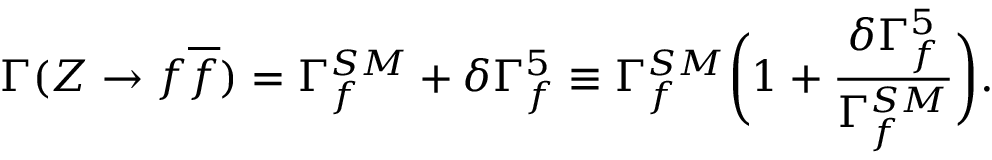
\Gamma ( Z \rightarrow f \overline { { { f } } } ) = \Gamma _ { f } ^ { S M } + \delta \Gamma _ { f } ^ { 5 } \equiv \Gamma _ { f } ^ { S M } \biggl ( 1 + { \frac { \delta \Gamma _ { f } ^ { 5 } } { \Gamma _ { f } ^ { S M } } } \biggr ) .